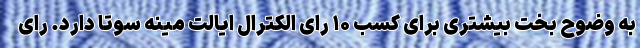
به وضوح بخت بیشتری برای کسب ۱۰ رای الکترال ایالت مینه سوتا دارد. رای